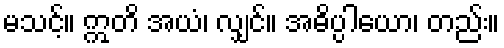
မသင့်။ ဣတိ အယံ၊ လျှင်။ အဓိပ္ပါယော၊ တည်း။